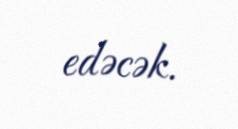
edəcək.